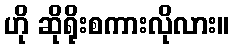
ဟို ဆိုရိုးစကားလိုလား။